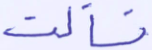
فسالت